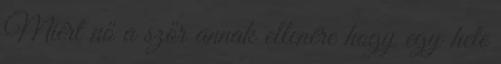
Miért nő a szőr annak ellenére hogy egy hete